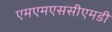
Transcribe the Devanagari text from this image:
एमएमएससीएमडी